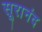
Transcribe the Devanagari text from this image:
सूरानंद